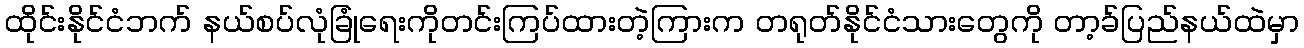
ထိုင်းနိုင်ငံဘက် နယ်စပ်လုံခြုံရေးကိုတင်းကြပ်ထားတဲ့ကြားက တရုတ်နိုင်ငံသားတွေကို တာ့ခ်ပြည်နယ်ထဲမှာ